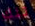
تلك